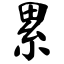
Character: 累